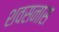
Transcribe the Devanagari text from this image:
शवसनास